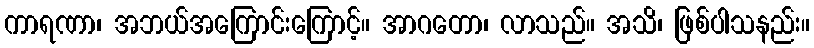
ကာရဏာ၊ အဘယ်အကြောင်းကြောင့်။ အာဂတော၊ လာသည်။ အသိ၊ ဖြစ်ပါသနည်း။